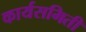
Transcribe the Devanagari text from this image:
कार्यसमिती